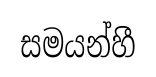
සමයන්හී